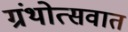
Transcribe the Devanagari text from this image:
ग्रंथोत्सवात